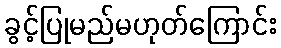
ခွင့်ပြုမည်မဟုတ်ကြောင်း